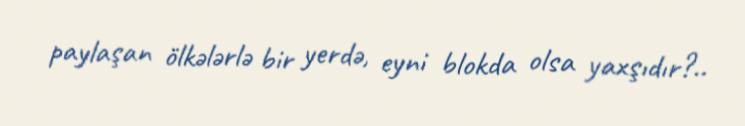
paylaşan ölkələrlə bir yerdə, eyni blokda olsa yaxşıdır?..